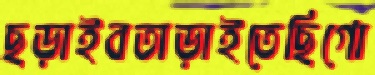
ছড়াইবতাড়াইতেছিগো